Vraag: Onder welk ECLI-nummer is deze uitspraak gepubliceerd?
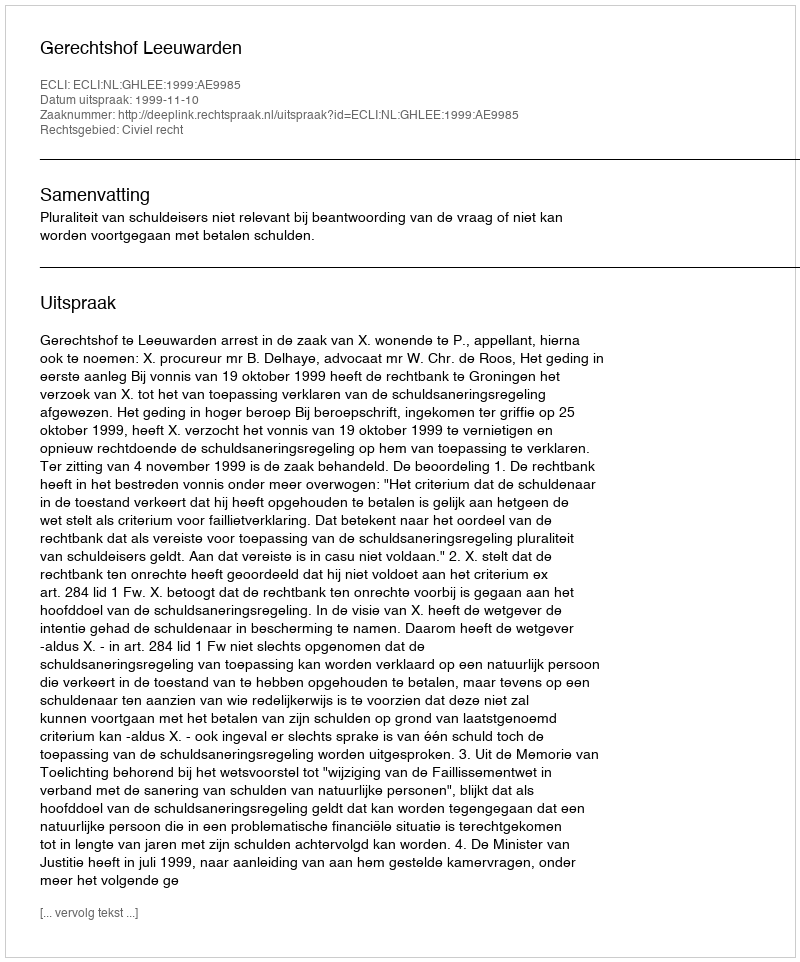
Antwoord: ECLI:NL:GHLEE:1999:AE9985